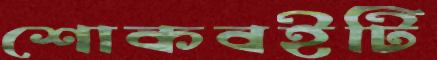
শোকবইটি